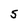
Character: S